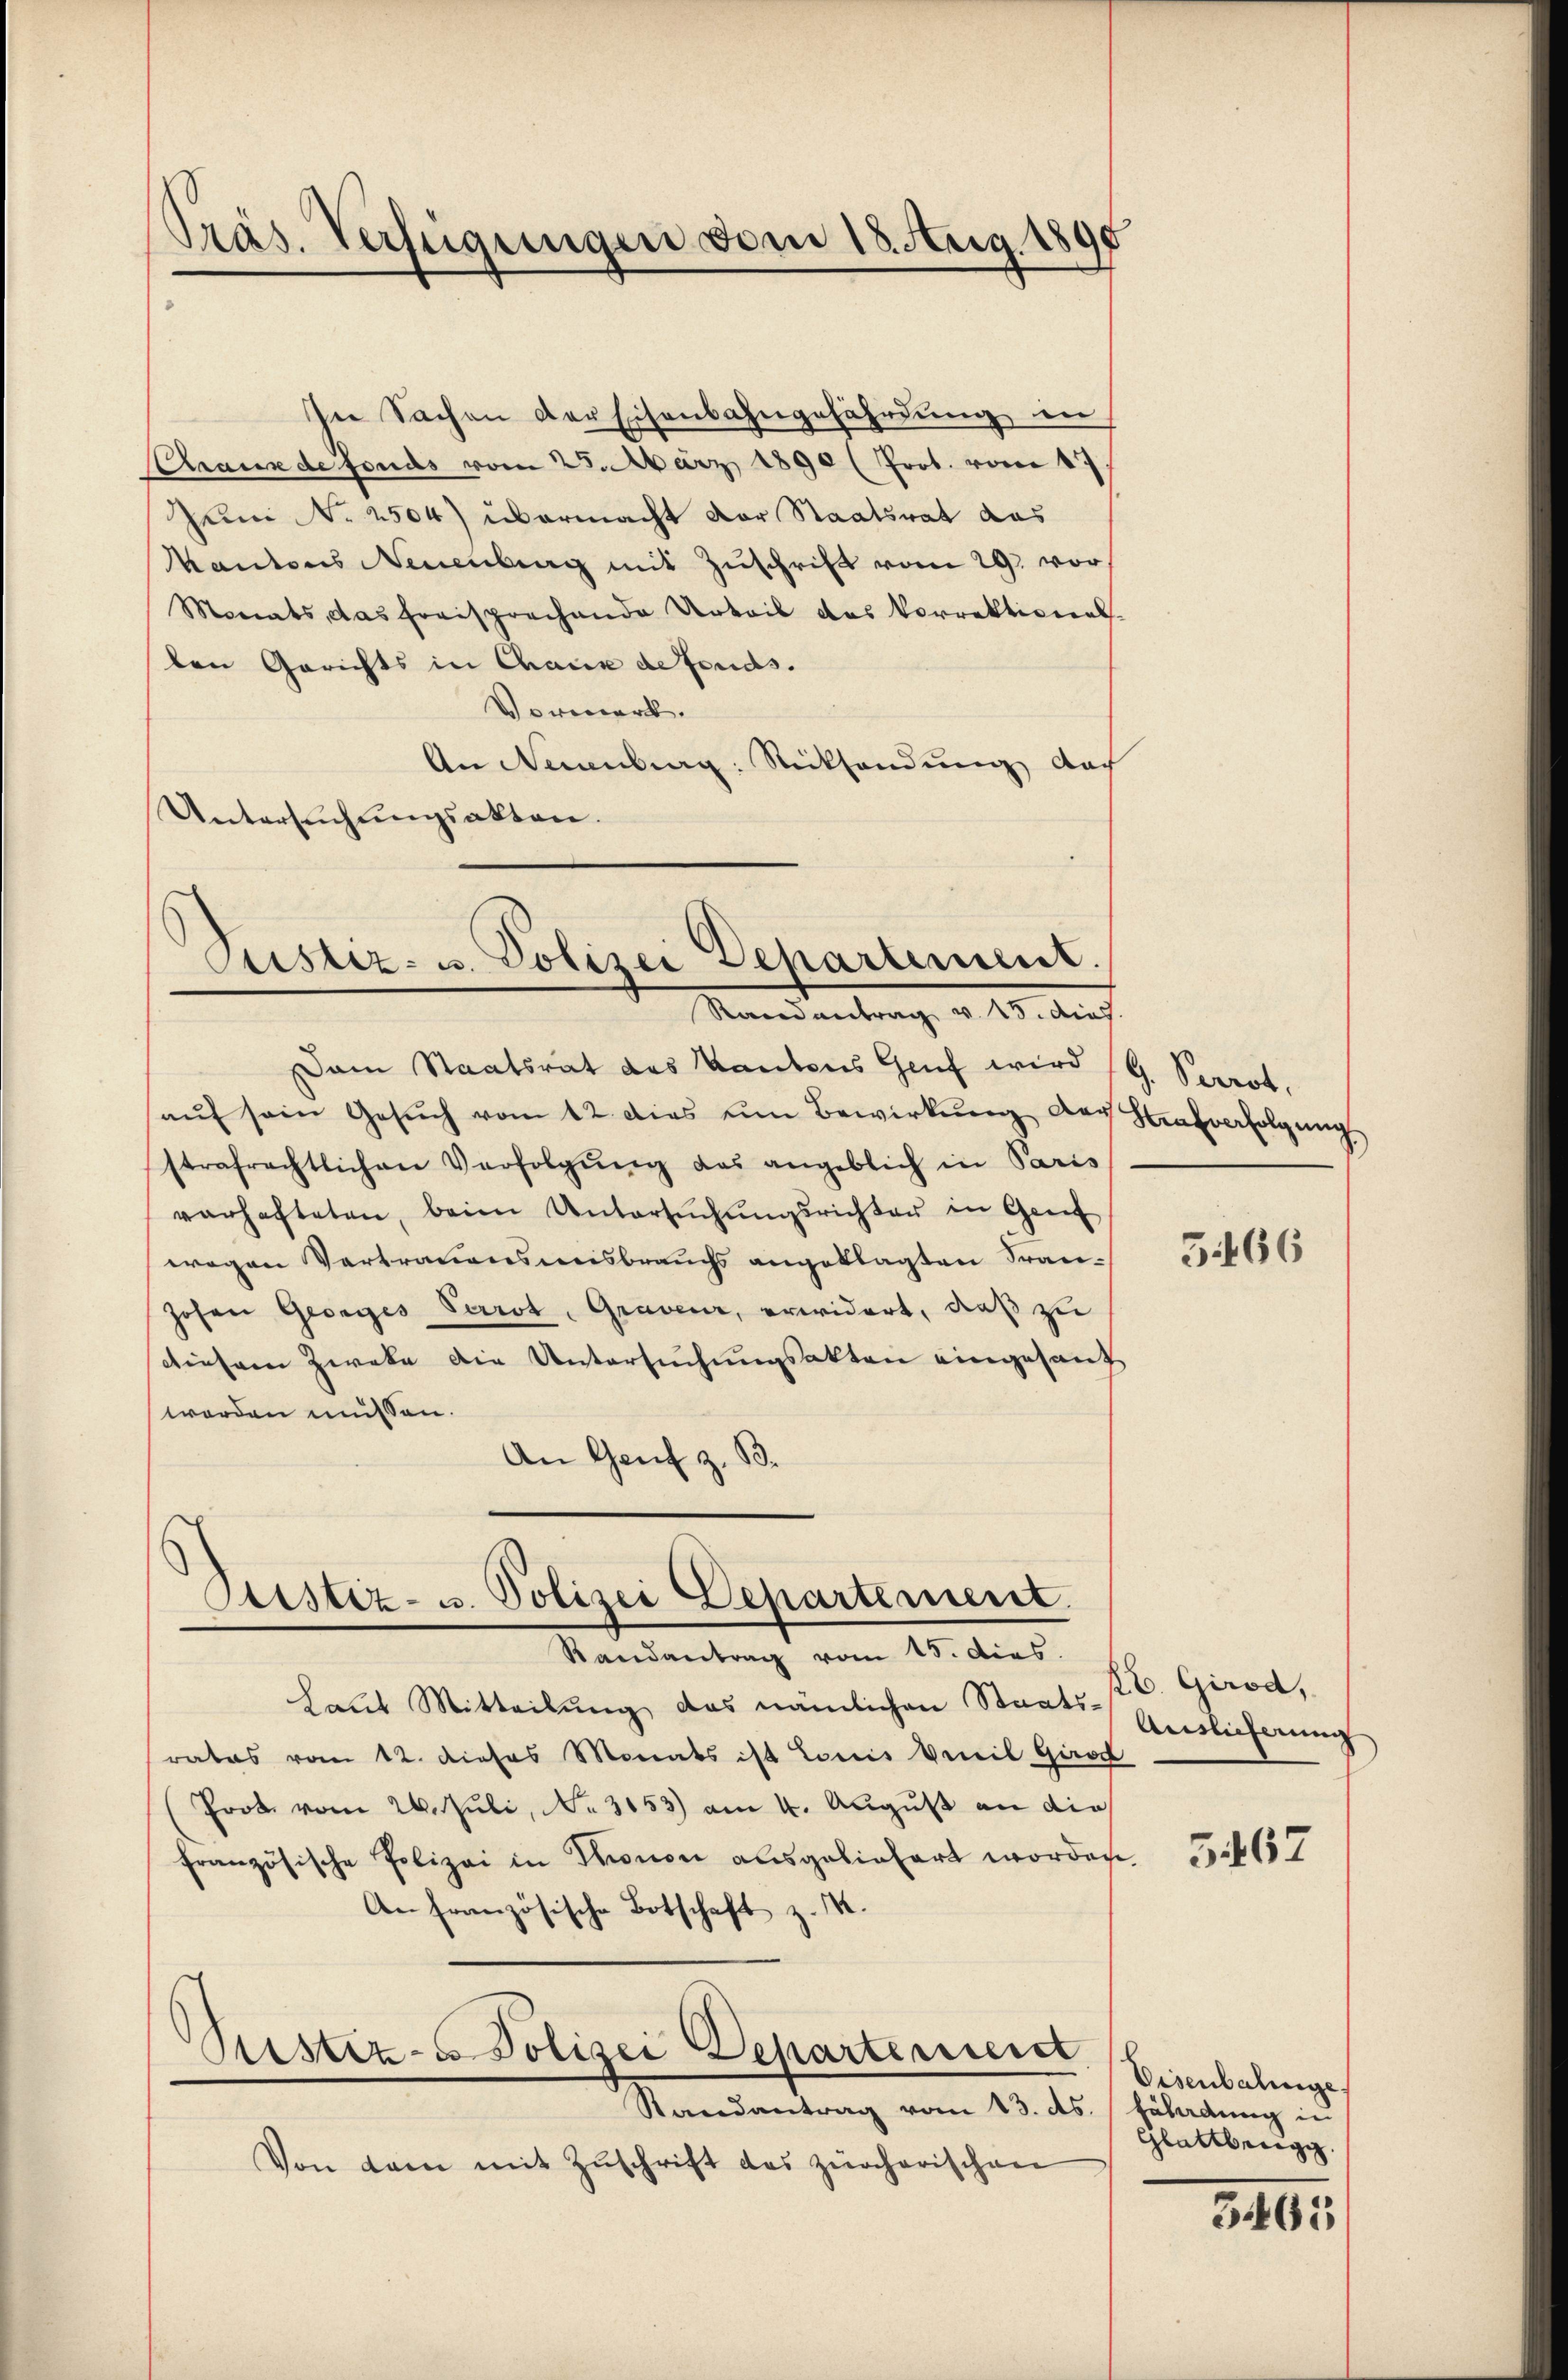
Präs. Verfügungen vom 18. Aug. 1895

Graus de fonds vom 25. März 1890 (Prot. vom 17.
Zeine No 2504) übermacht der Staatsrat das
antons Neuenburg mit Zŭschrift vom 29. vor
Monats das freisprechende Urteil das Vorrektional
den Gerichts in Chaux de fonds.
Vormerk.
An Neuenburg: Rücksendung nach
Untersŭchŭngsakten.

In Sachen der Eisenbahngefährdung in

Justiz- u. Polizei Departement.
Randantrag v. 15. dies

Dem Staatsrat des Kantons Genf wird (G. Perrot,
aŭf sein Gesŭch vom 12. dies um Bewirkŭng der Hinterfolgŭng
strafrechtlichen Verfolgŭng das angeblich in Paris
verhafteten, beim Untersŭchŭngsrichter in Genf
wegen Vertrauensweisbrauchs angeklagten Franhohen Georges Perrot, Graveur, erwidert, daß zu
diesem Zweke die Untersŭchŭngsakten eingesang
werden müssen.
An Genf z. B.

Sistiz- u. Polizei Departement.
Randantrag vom 15. dies

Laut Mitteilung das nämlichen Staats-
rates vom 12. dieses Monats ist Louis Weil Girod
(Prot. vom 26. Juli, No. 3153) am 4. August an die
französische Polizei in Tronon ausgeliefert worden.
An französische Botschaft z. S.
Sistiz- u Polizei Departement
Randantrag vom 13. ds. Erladung in
Von dem mit Zŭschrift das zürcherischen

5466

E. Girod,
Auslieferung

5467

Eisenbalinge,
Glattbrieg.

3465